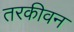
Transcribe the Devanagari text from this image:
तरकीवन